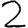
Digit: 2